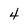
Character: 4